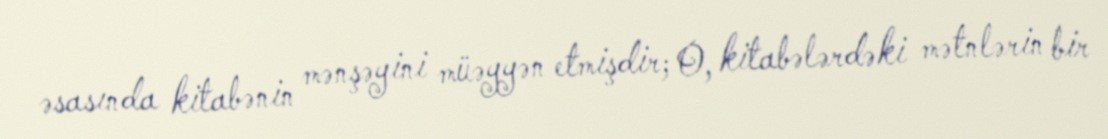
əsasında kitabənin mənşəyini müəyyən etmişdir; O, kitabələrdəki mətnlərin bir